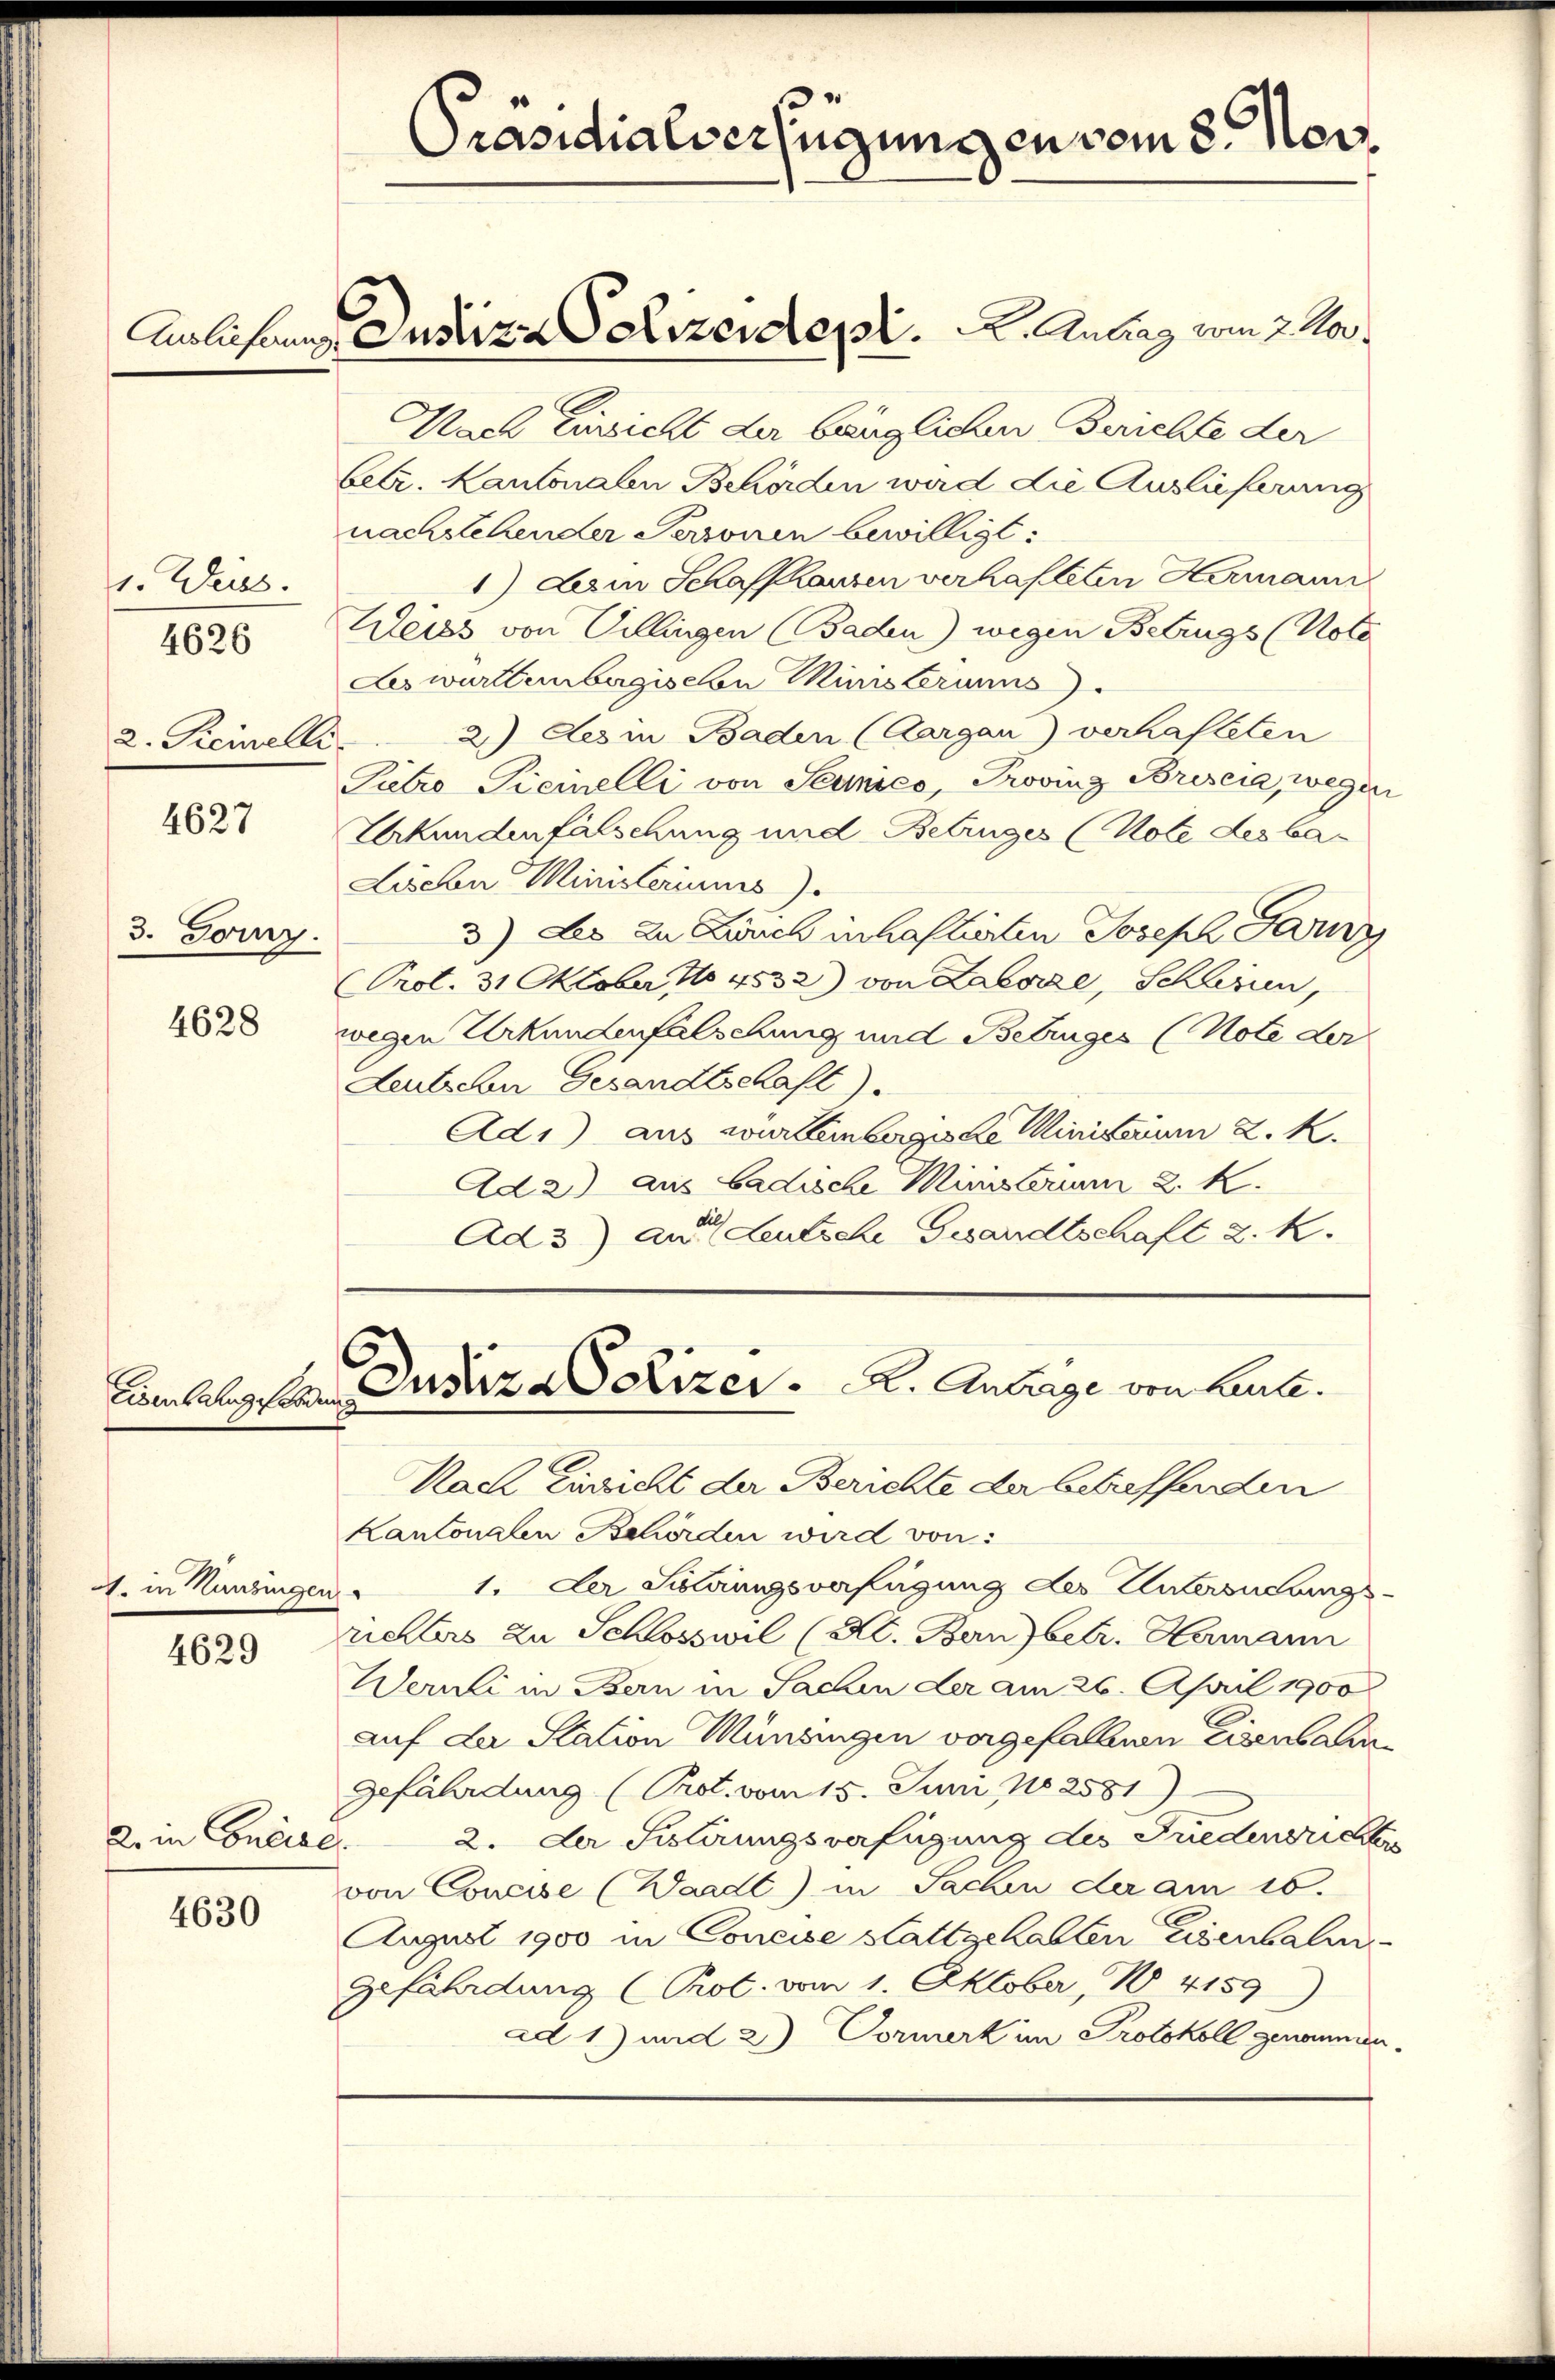
1. Weiss.
2. Seinelli

4626

4627

3. Tory.

4628

1. in Kunzingen.

4629

2. in Concise.

4630

Nach Einsicht der bäuglichen Berichte der
betr. Kantonalen Behörden wird die Auslieferung
nachstehender Personen bewilligt:
1) Dem Schaffhausen verhafteten Hermann
Weiss von Villingen Baden) wegen Betrugs (Note
Es württembergischen Ministeriums
2.) Des in Baden (Aargau) verhafteten
Pietro Ticinelli von Seenico, Provinz Briseia, wegen
Urkundenfälschung und Betruges (Note des bar
Lischen Ministeriums).
3) des zu Dich inhaftierten Joseph Parz
Prot. 31 Oktober No 4532) von Labare, Schlüssen,
wegen Urkundenfalschung und Betruges (Note der
Leutschen Gesandtschaft).
Ad1) aus württembergisse Ministerium k. k.
Ad 2) aus badische Ministerium 2. K
Ad 3) an deutsche Gesandtschaft 2. k.

C

Nach Einricht der Berichte der betreffenden
Kantonalen Behörden wird von
1. Der Sieldungsverfügung der Untersuchungsrichters zu Schlosswil (Kt. Bern) betr. Hermann
Weruli in Bern in Sachen der am 26. April 1900
auf der Station Münsingen vorgefallenen Eisenhain
gefährdung (Prot. vom 15. Juni No 2581)
2. der Sistirungsverfügung des Fredensrichten
von Concise (Waadt) in Sachen der am 16.
August 1900 in Concise stattgehabten Eisenbali
gefährdung (Prot. vom 1. Oktober, 14159
ad 1) und 2) Formerk im Protokoll genommen.

Präsidialverfügungen vom 8. Nov

Anlichung Justiza Lizeider.   A. Antrag vom 7. Nov.

Einlangten Auszeizer. A. Antrage von heute.